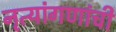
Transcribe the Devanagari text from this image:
नृत्यांगणांची